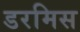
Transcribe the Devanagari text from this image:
डरमिस